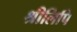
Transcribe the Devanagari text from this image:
श्रीलिपि